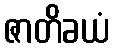
ဇာတိခယံ